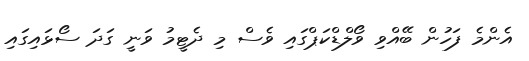
އެންމެ ފަހުން ބޭއްވި ވޯލްޑްކަޕްގައި ވެސް މި ދެޓީމު ވަނީ ގަދަ ސޯޅައިގައި